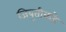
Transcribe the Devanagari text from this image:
जिबूतीकडे